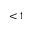
< 1